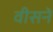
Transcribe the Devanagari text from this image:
वीसने